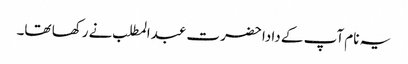
یہ نام آپ کے دادا حضرت عبدالمطلب نے رکھا تھا۔